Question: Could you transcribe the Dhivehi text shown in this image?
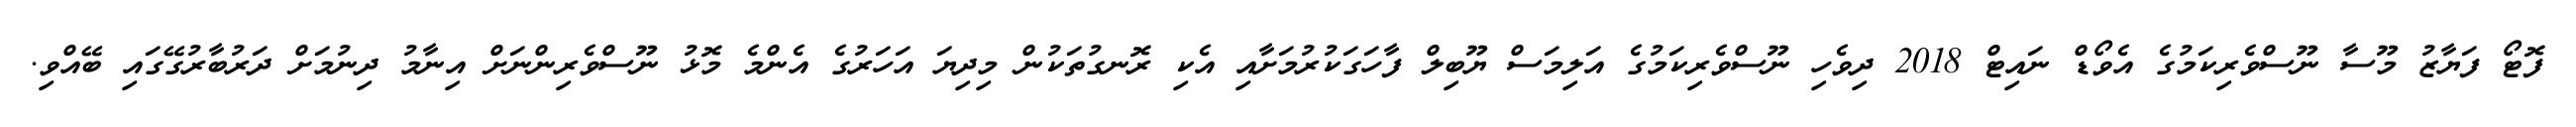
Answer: ފޮޓޯ ފަޔާޒު މޫސާ ނޫސްވެރިކަމުގެ އެވޯޑް ނައިޓް 2018 ދިވެހި ނޫސްވެރިކަމުގެ އަލިމަސް ޔޫބިލް ފާހަގަކުރުމަށާއި އެކި ރޮނގުތަކުން މިދިޔަ އަހަރުގެ އެންމެ މޮޅު ނޫސްވެރިންނަށް އިނާމު ދިނުމަށް ދަރުބާރުގޭގައި ބޭއްވި.